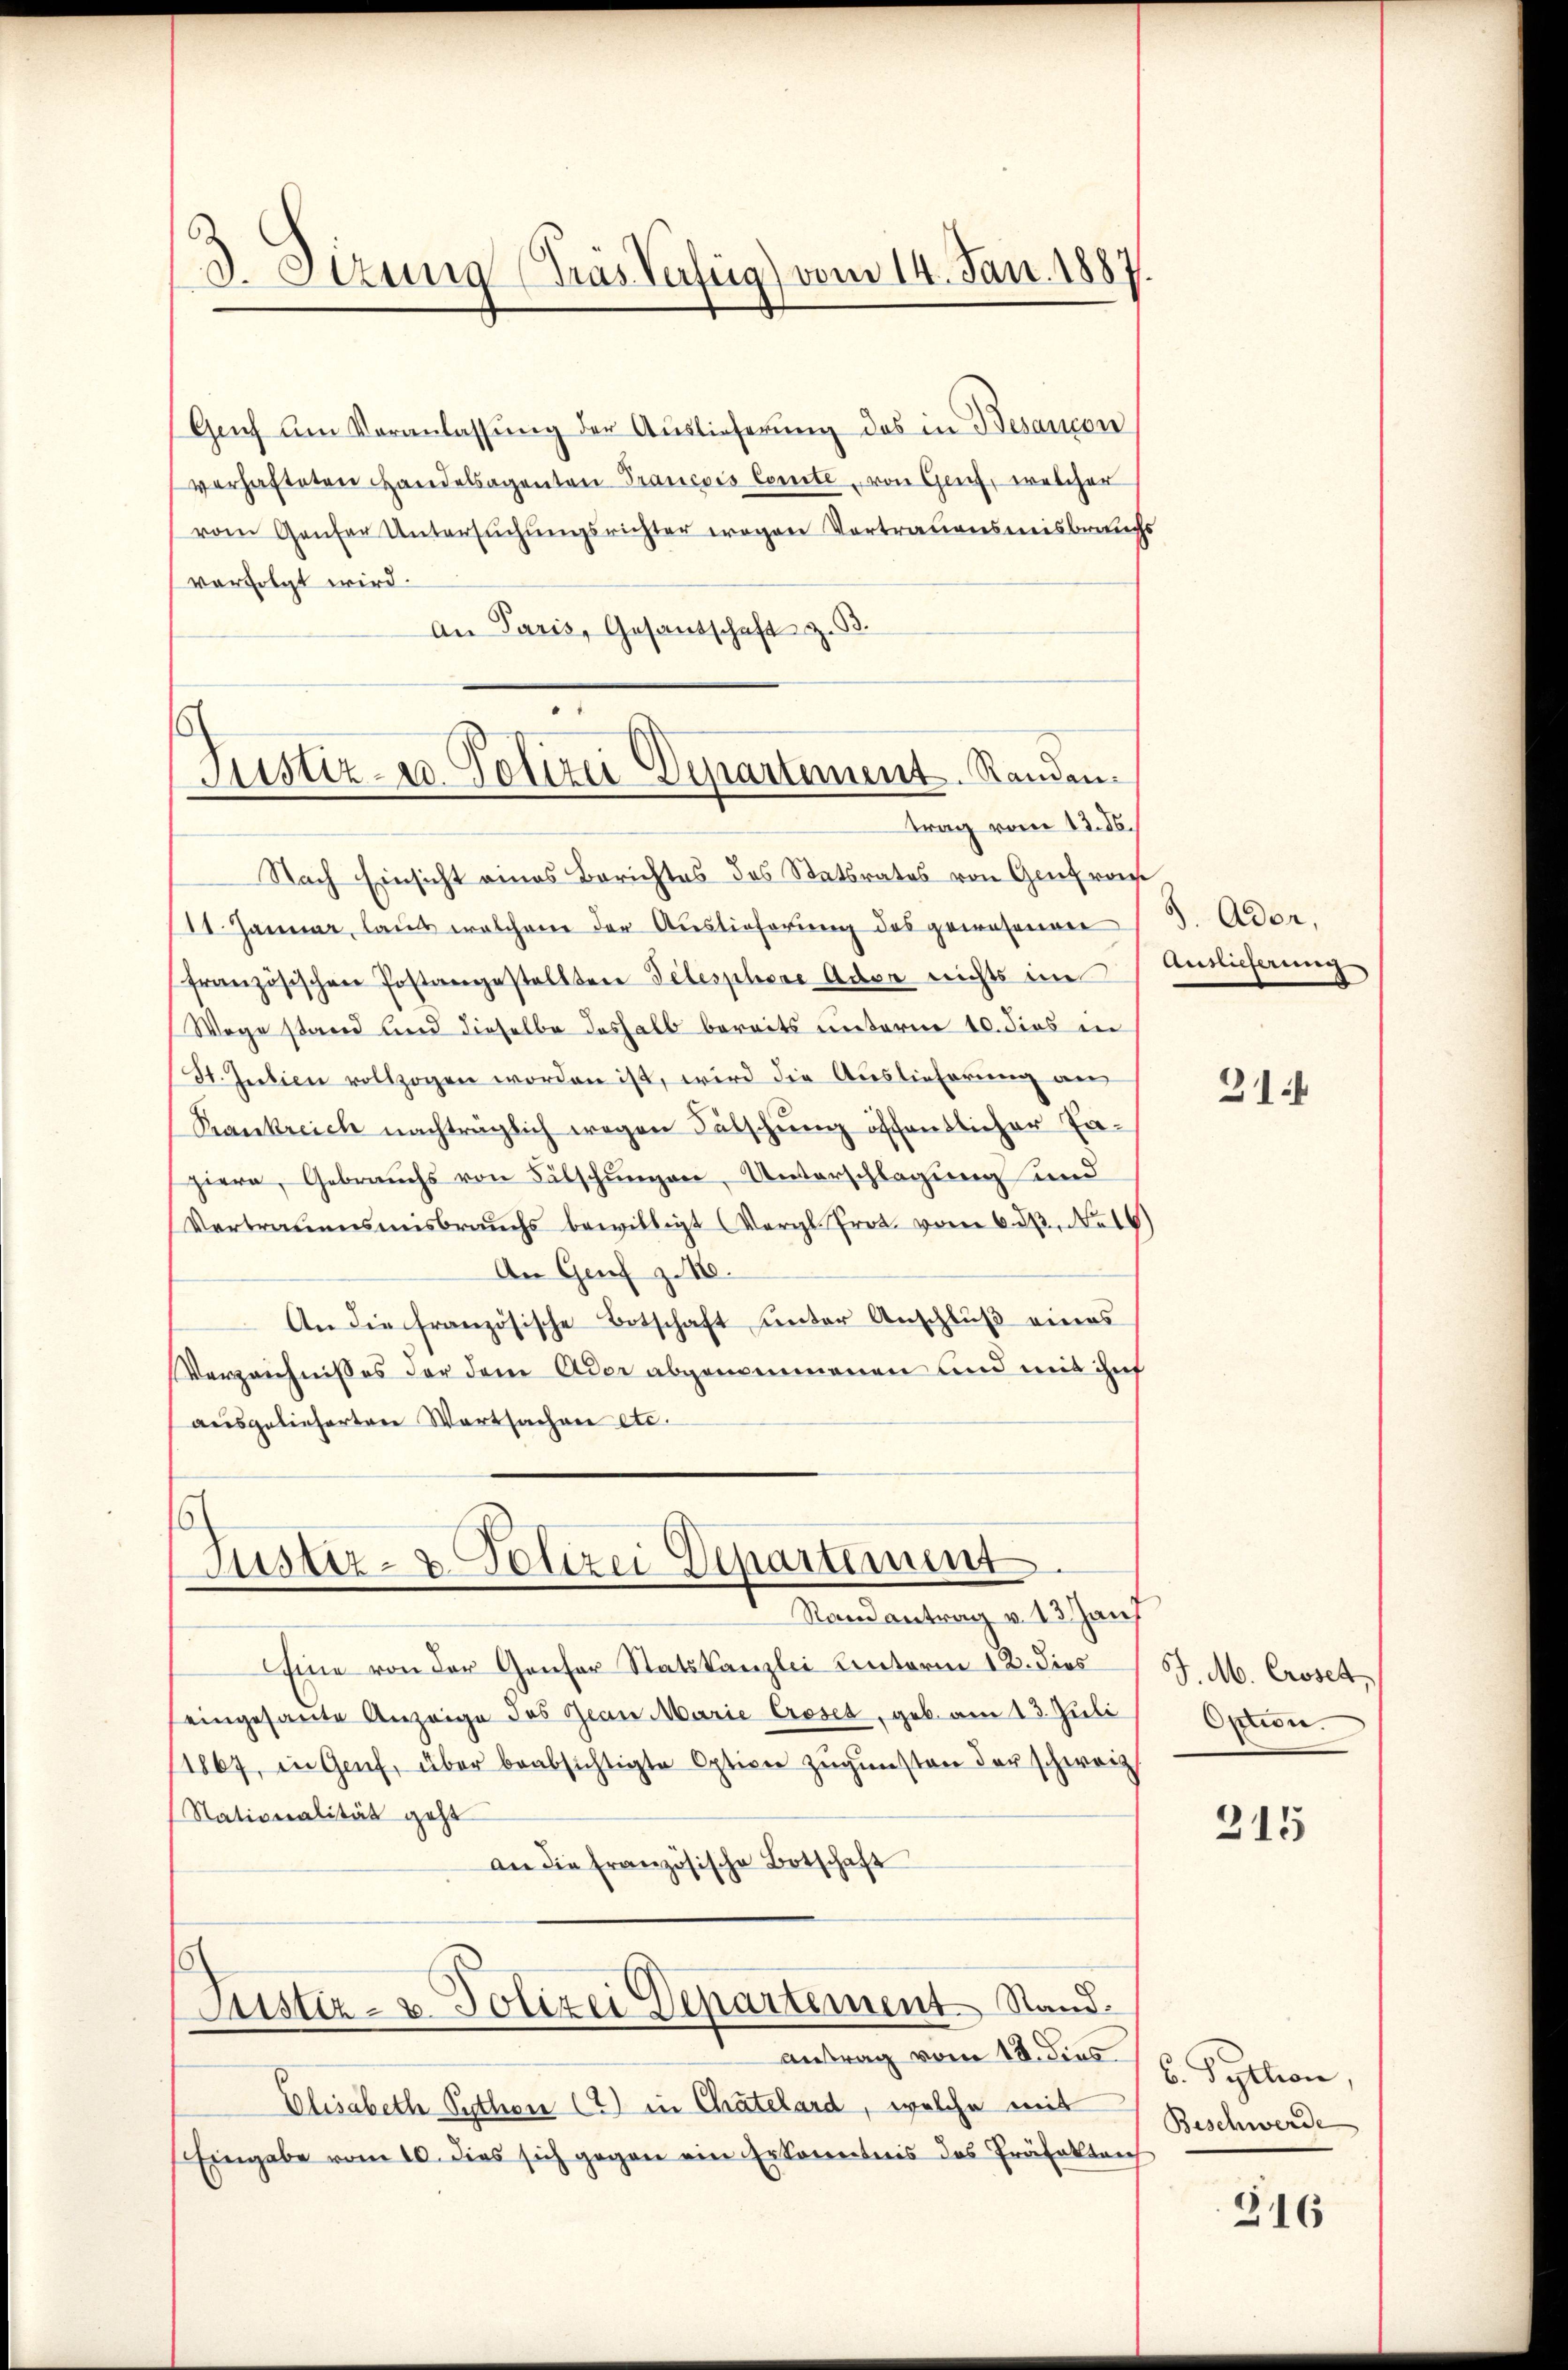
3 Sizung (Tras Verfüg) vom 14. Jan. 1887.

Genf am Veranlassŭng der Auslieferŭng des in Besaucon
verhafteten Handelsagenten Prancois Comite, von Genf, welcher
vom Genfer Untersuchungsrichter wegen Vortrauensmisbruchs
verfolgt wird.
An Paris, Gesandschaft z. B.

Justiz- u. Polizei Departement. Standen.
trag vom 13. ds.

6
Justiz- u. Polizei Departement
Stand antrag v. 13. Janf

Eine von der Genfer Statskanzlei Hinterm 12. dies
eingesante Anzeige des Jean Marie Croses, geb. am 13. Juli
11867, in Genf, über beabsichtigte Option zugunsten der schweiz.
Stationalität geht
an die französische Botschaft
Justiz- u. Polizei Departement Stand
antrag vom 18. dies
Elisabeth Sythen (2) in Chatelard, welche mit
Eingabe vom 10. dies sich gegen ein Erkenntnis das Präfekten

Nach Einsicht eines Berichtes des Statsrates von Genf vor
11. Januar, laut welchene der Auslieferung des gewesenen
französischen Postangestellten Telesphore Adpe nichts im
Wege stand und dieselbe deshalb bereits unterm 10. dies in
St. Julien vollzogen worden ist, wird die Auslieferung an
Krankreich nachträglich wegen Fälschung öffentlicher Faziere, Gebrauchs von Fälschungen, Unterschlagung und
Vertrauensmisbrauchs bewilligt (Vergl. Prot. vom 6. ds. No 16)
An Genf z. 18.
An die französische Botschaft unter Anschluß eines
Verzeichnisses der dem Ader abgenommenen und mit ihn
ausgelieferten Wartsachen etc.

3. Ador,
Auslieferung

31

J. M. Croset,
Option.

215

6. Pytlion,
Beschwerde

316